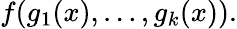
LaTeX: f(g_{1}(x),\dots,g_{k}(x)).